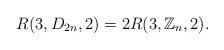
LaTeX: \begin{align*}R(3,D_{2n},2)=2R(3,\mathbb{Z}_n,2).\end{align*}